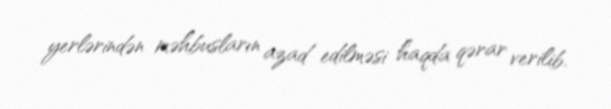
yerlərindən məhbusların azad edilməsi haqda qərar verilib.